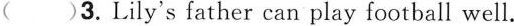
( )3.Lily's father can play football well.